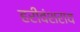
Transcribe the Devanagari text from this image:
हरीवंशराय